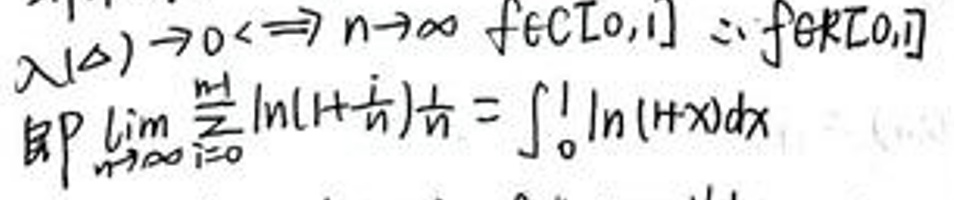
\[\lambda (\Delta) \to 0 \Rightarrow n \to \infty f \in C[0,1] \Rightarrow f \in R[0,1]

即\lim_{n \to \infty} \frac{1}{n} \sum_{i = 0}^{n - 1} \ln(1 + \frac{i}{n}) = \int_{0}^{1} \ln(1 + x)dx\]